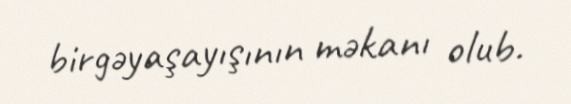
birgəyaşayışının məkanı olub.